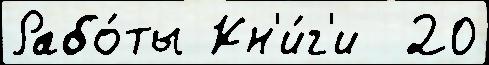
Рабо́ты Кн'и́г'и  20